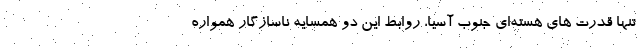
تنها قدرت های هسته‌ای جنوب آسیا، روابط این دو همسایه ناسازگار همواره